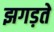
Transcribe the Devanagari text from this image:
झगड़तें